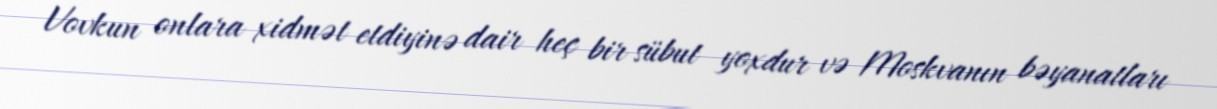
Vovkun onlara xidmət etdiyinə dair heç bir sübut yoxdur və Moskvanın bəyanatları